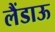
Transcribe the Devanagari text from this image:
लैंडाऊ